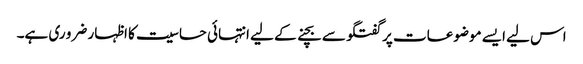
اس لیے ایسے موضوعات پر گفتگو سے بچنے کے لیے انتہائی حساسیت کا اظہار ضرو ری ہے۔